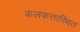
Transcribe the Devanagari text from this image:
कलकत्तास्थित